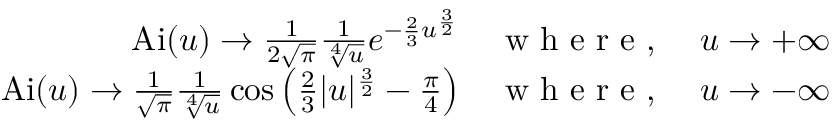
{ \begin{array} { r } { \operatorname { A i } ( u ) \rightarrow { \frac { 1 } { 2 { \sqrt { \pi } } } } { \frac { 1 } { \sqrt [ { 4 } ] { u } } } e ^ { - { \frac { 2 } { 3 } } u ^ { \frac { 3 } { 2 } } } \quad { \textrm { w h e r e , } } \quad u \rightarrow + \infty } \\ { \operatorname { A i } ( u ) \rightarrow { \frac { 1 } { \sqrt { \pi } } } { \frac { 1 } { \sqrt [ { 4 } ] { u } } } \cos { \left( { \frac { 2 } { 3 } } | u | ^ { \frac { 3 } { 2 } } - { \frac { \pi } { 4 } } \right) } \quad { \textrm { w h e r e , } } \quad u \rightarrow - \infty } \end{array} }